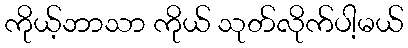
ကိုယ့်ဘာသာ ကိုယ် သုတ်လိုက်ပါ့မယ်